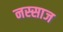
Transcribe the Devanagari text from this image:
नस्साज